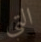
التي